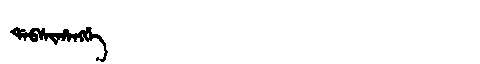
Manchu: ᡩᠠᠪᠰᡳᡥᠠᠩᡤᡝ
Romanization: DABSIHANGGE